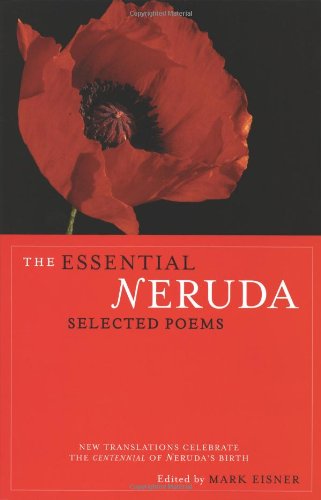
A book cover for The Essential Neruda: Selected Poems (Bilingual Edition) (English and Spanish Edition); Pablo Neruda; Literature & Fiction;